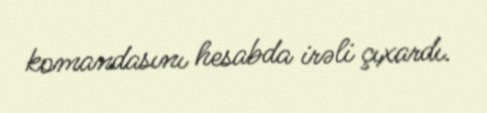
komandasını hesabda irəli çıxardı.